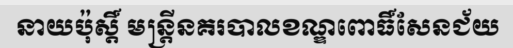
នាយប៉ុស្តិ៍ មន្ត្រីនគរបាលខណ្ឌពោធិ៍សែនជ័យ